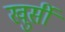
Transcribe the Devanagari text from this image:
खुर्सी